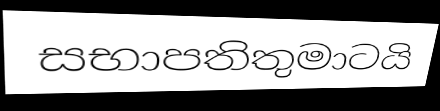
සභාපතිතුමාටයි